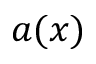
a ( x )